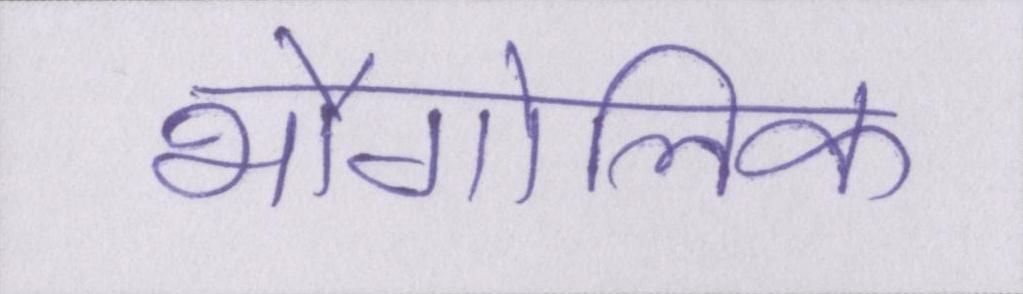
भौगोलिक